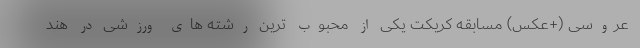
عروسی (+عکس) مسابقه کریکت یکی از محبوب ترین رشته های ورزشی در هند